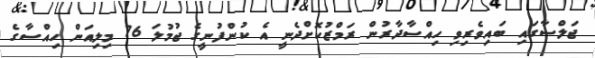
ޖަލްސާގައި ބައިވެރިވި ހިއްސާދާރުން ރަމްޒުކޮށްދެނީ އެ ކުންފުނީގެ ޖުމުލަ 76 މިލިއަން ހިއްސާގެ